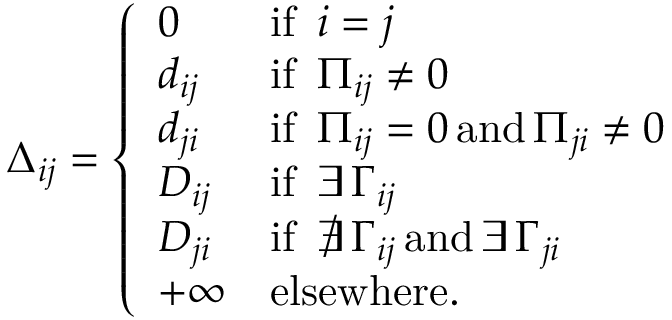
\Delta _ { i j } = \left\{ \begin{array} { l l } { 0 } & { \mathrm { i f ~ } \, i = j } \\ { d _ { i j } } & { \mathrm { i f ~ } \, \Pi _ { i j } \neq 0 } \\ { d _ { j i } } & { \mathrm { i f ~ } \, \Pi _ { i j } = 0 \, \mathrm { a n d } \, \Pi _ { j i } \neq 0 } \\ { D _ { i j } } & { \mathrm { i f ~ } \, \exists \, \Gamma _ { i j } } \\ { D _ { j i } } & { \mathrm { i f ~ } \, \nexists \, \Gamma _ { i j } \, \mathrm { a n d } \, \exists \, \Gamma _ { j i } } \\ { + \infty } & { \mathrm { e l s e w h e r e . } } \end{array} \right.